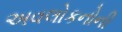
અવલોકનોની